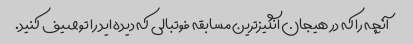
آنچه را که در هیجان انگیزترین مسابقه فوتبالی که دیده اید را توصیف کنید.